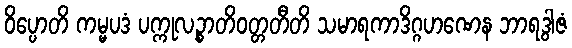
ဝိပ္ပောတိ ကမ္မပဒံ ပက္ကုလဉ္စာတိဝတ္တတီတိ သမာရကာဒိဂ္ဂဟဏေန ဘာရဒွါဇံ